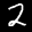
Label: 2